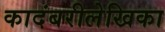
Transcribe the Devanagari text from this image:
कादंबरीलेखिका